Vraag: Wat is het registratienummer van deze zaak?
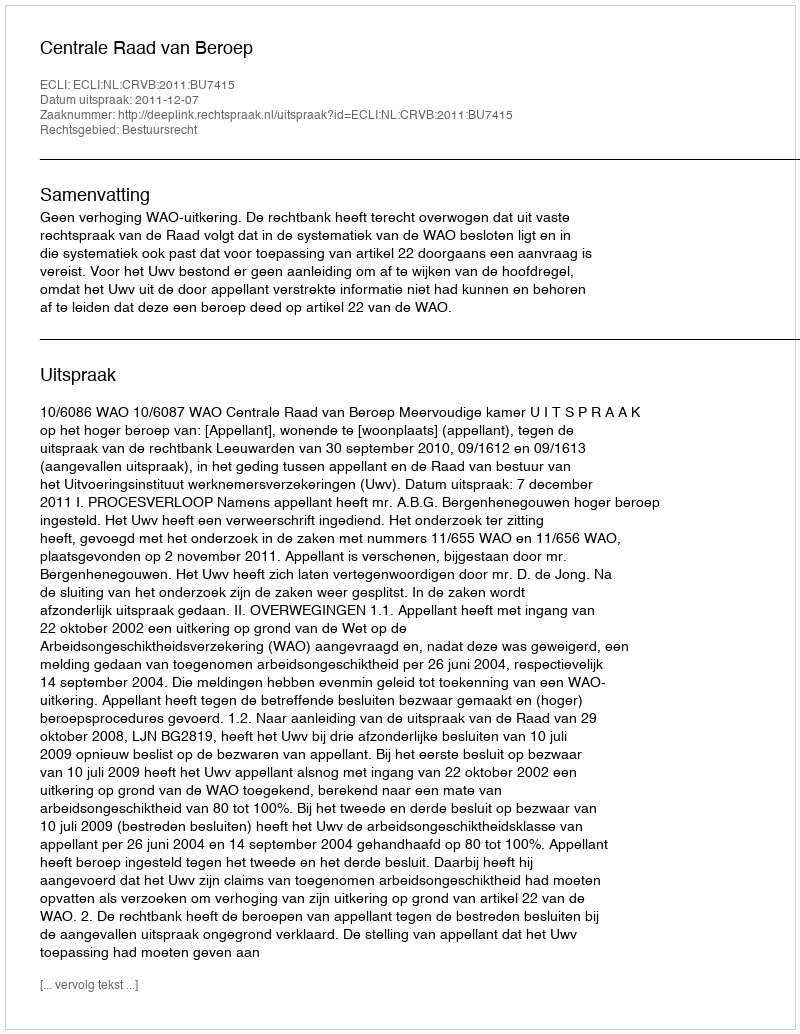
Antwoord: http://deeplink.rechtspraak.nl/uitspraak?id=ECLI:NL:CRVB:2011:BU7415